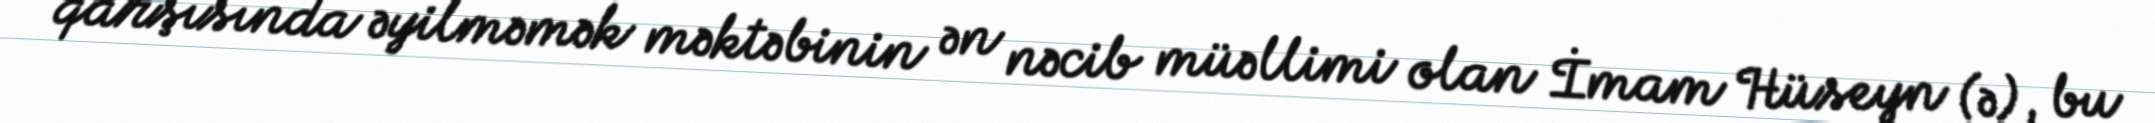
qarşısında əyilməmək məktəbinin ən nəcib müəllimi olan İmam Hüseyn (ə), bu